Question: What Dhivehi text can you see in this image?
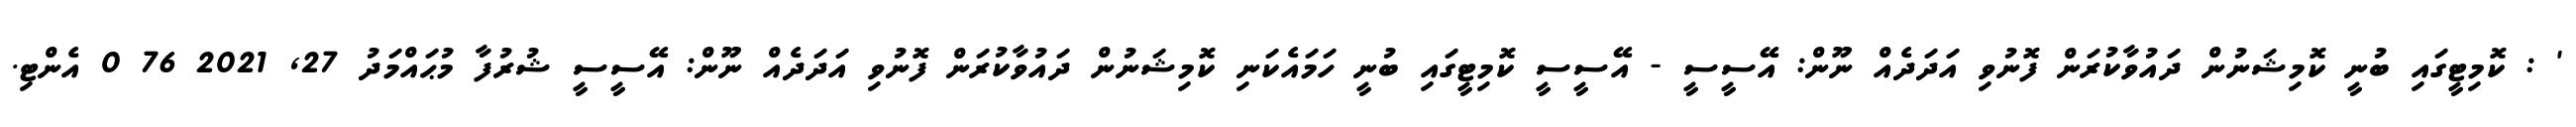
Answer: ' : ކޮމިޓީގައި ބުނީ ކޮމިޝަނުން ދައުވާކުރަން ފޮނުވި އަދަދެއް ނޫން: އޭސީސީ - އޭސީސީ ކޮމިޓީގައި ބުނީ ހަމައެކަނި ކޮމިޝަނުން ދައުވާކުރަން ފޮނުވި އަދަދެއް ނޫން: އޭސީސީ ޝުރުފާ މުޙައްމަދު 27, 2021 76 0 އެންޓި.